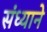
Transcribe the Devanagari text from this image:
संध्याने